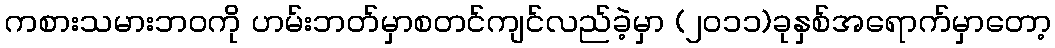
ကစားသမားဘဝကို ဟမ်းဘတ်မှာစတင်ကျင်လည်ခဲ့မှာ (၂၀၁၁)ခုနှစ်အရောက်မှာတော့